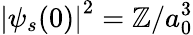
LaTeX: \left|\psi_{s}(0)\right|^{2}=\mathbb{Z}/a_{0}^{3}